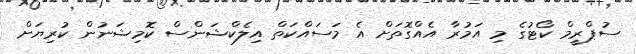
ސުޕްރީމް ކޯޓުގެ މި އަމުރާ އެއްގޮތަށް އެ މަސައްކަތް އިލެކްޝަންސް ކޮމިޝަނުން ކުރިޔަށް